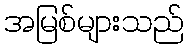
အမြစ်များသည်